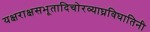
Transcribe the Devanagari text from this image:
यक्षराक्षसभूतादिचोरव्याघ्रविघातिनी